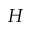
H